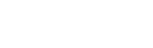
ပိယပ္ပဘဝိကာတိ